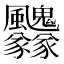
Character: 𩙢